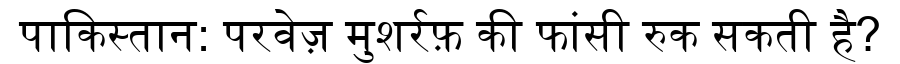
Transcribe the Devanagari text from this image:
पाकिस्तान: परवेज़ मुशर्रफ़ की फांसी रुक सकती है?